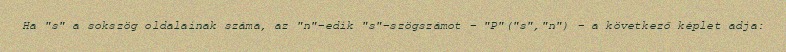
Ha "s" a sokszög oldalainak száma, az "n"-edik "s"-szögszámot – "P"("s","n") – a következő képlet adja: